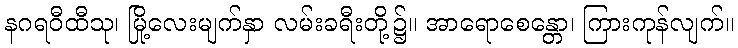
နဂရဝီထီသု၊ မြို့လေးမျက်နှာ လမ်းခရီးတို့၌။ အာရောစေန္တော၊ ကြားကုန်လျက်။